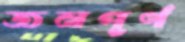
জনপূর্ণ